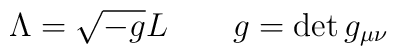
\Lambda =\sqrt{-g}L\qquad g=\det g_{\mu \nu }